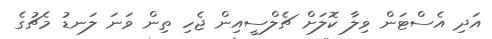
އަދި އެސްޓަން ވިލާ ކޮލަށް ޗެލްސީއިން ޖެހި ތިން ވަނަ ލަނޑު މެޗުގެ